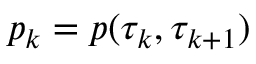
p _ { k } = p ( \tau _ { k } , \tau _ { k + 1 } )